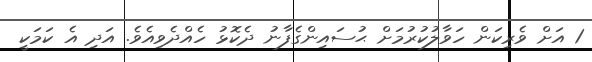
1 އަށް ވެރިކަން ހަވާލުކުރުމަށް ޙުސައިންގެފާނު ދެކޮޅު ހެއްދެވިއެވެ. އަދި އެ ކަމަކީ